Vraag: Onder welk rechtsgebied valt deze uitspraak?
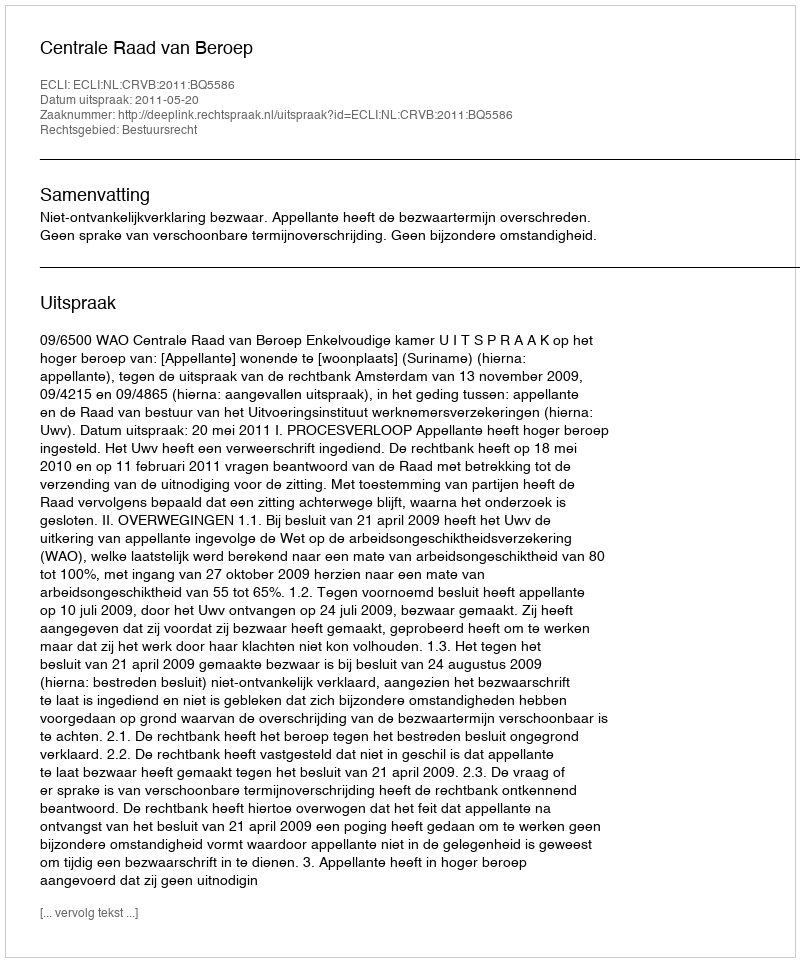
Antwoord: Bestuursrecht